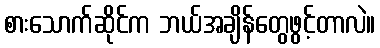
စားသောက်ဆိုင်က ဘယ်အချိန်တွေဖွင့်တာလဲ။